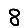
Digit: 8